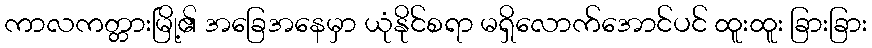
ကာလကတ္တားမြို့၏ အခြေအနေမှာ ယုံနိုင်စရာ မရှိလောက်အောင်ပင် ထူးထူး ခြားခြား